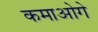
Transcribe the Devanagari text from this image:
कमाओगे